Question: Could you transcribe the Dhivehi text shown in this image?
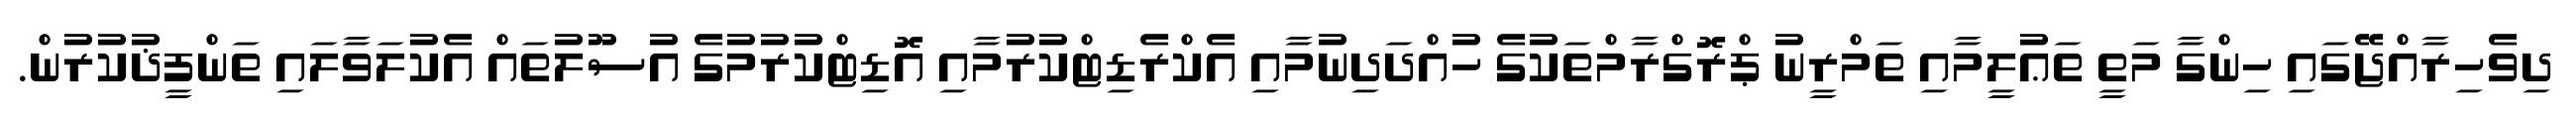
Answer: ދިވެހިރާއްޖޭގައި ހިންގާ މަތީ ތަޢުލީމާއި ތަމްރީނު ޕްރޮގްރާމްތަކުގެ ހުއްދަދިނުމާއި އެކްރެޑިޓްކުރުމާއި އޮޑިޓްކުރުމުގެ އުސޫލުތައް އެކުލަވާލައި ތަންފީޛުކުރުން.